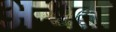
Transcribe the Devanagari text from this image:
अन्‍धता